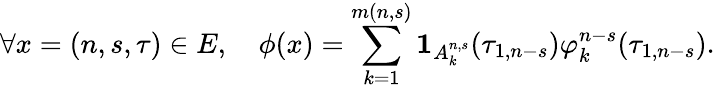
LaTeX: \forall x=(n,s,\tau)\in E,\quad\phi(x)=\sum_{k=1}^{m(n,s)}\mathbf{1}_{A_{k}^{n,s}}(\tau_{1,n-s})\varphi_{k}^{n-s}(\tau_{1,n-s}).